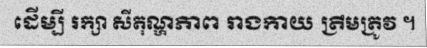
ដើម្បី រក្សា សីតុណ្ហភាព រាងកាយ ត្រឹមត្រូវ ។